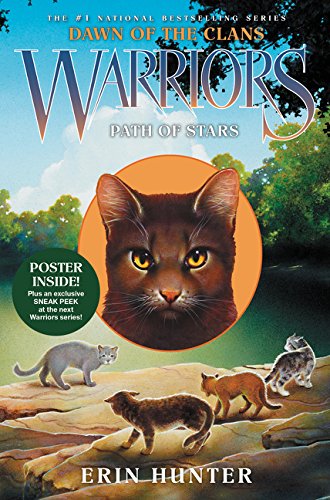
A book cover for Warriors: Dawn of the Clans #6: Path of Stars; Erin Hunter; Children's Books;